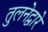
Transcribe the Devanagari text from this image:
तुलनेद्वारे